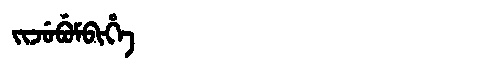
Manchu: ᠵᡳᠵᡠᠪᡠᠮᠪᡳᡥᡝ
Romanization: JIJUBUMBIHE